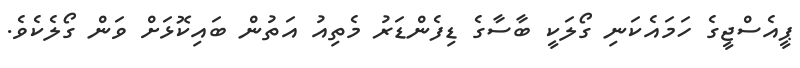
ޕީއެސްޖީގެ ހަމައެކަނި ގޯލަކީ ބާސާގެ ޑިފެންޑަރު މެތިއު އަތުން ބައިކޮޅަށް ވަން ގޯލެކެވެ.